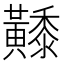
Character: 𪏦